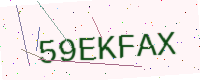
Text: 59EKFAX